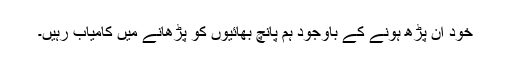
خود ان پڑھ ہونے کے باوجود ہم پانچ بھائیوں کو پڑھانے میں کامیاب رہیں۔